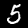
Label: 5